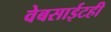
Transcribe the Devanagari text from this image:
वेबसाईटही